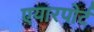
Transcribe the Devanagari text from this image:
एयारपोर्ट